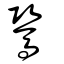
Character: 𩢽